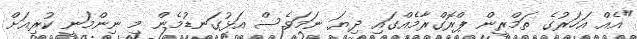
"އެއް އަހަރުގެ ތަމްރީން ޕްރޮގްރާމެއްގައި ދިޔަ ނަމަވެސް އަޅުގަނޑުމެން މި ނިންމަނީ ކުރިއަށް